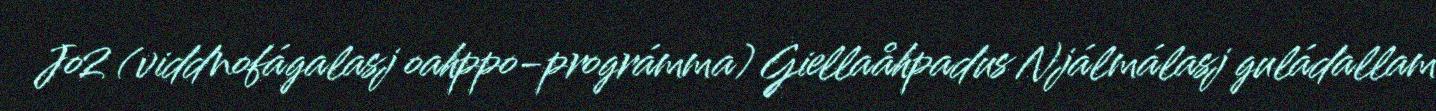
Jo2 (viddnofágalasj oahppo-prográmma) Giellaåhpadus Njálmálasj guládallam